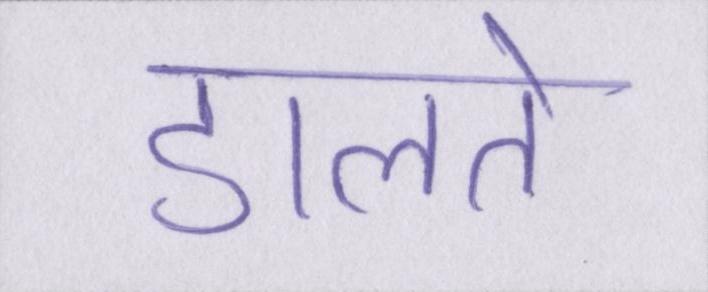
डालते